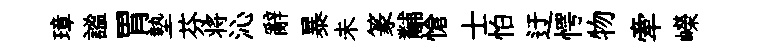
璋謐胃墊芬将沁辭暴未篆黼愴士怕迂愕物牽嶸